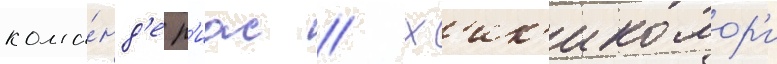
кома́нд'е р'иас // Х'ик'икомор'и